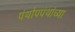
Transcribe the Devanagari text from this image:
पंथोपपंथांच्या